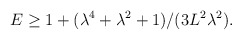
\begin{align*} E \geq 1 + (\lambda^4+\lambda^2+1)/(3L^2\lambda^2).\end{align*}